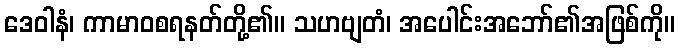
ဒေဝါနံ၊ ကာမာဝစရနတ်တို့၏။ သဟဗျတံ၊ အပေါင်းအဘော်၏အဖြစ်ကို။